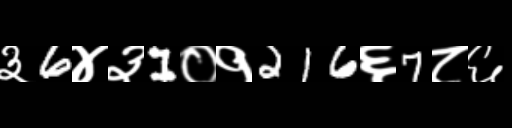
Text: ३6४३1०१216६7८६